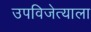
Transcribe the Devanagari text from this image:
उपविजेत्याला